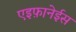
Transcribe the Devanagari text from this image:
एइफ़ानेईस